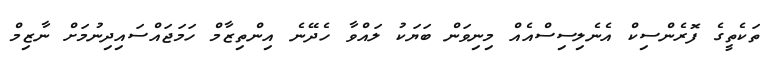
ތަކެތީގެ ފޮރެންސިކް އެނެލިސިސްއެއް މިނިވަން ބަޔަކު ލައްވާ ހެދޭނެ އިންތިޒާމް ހަމަޖައްސައިދިނުމަށް ނާޒިމް